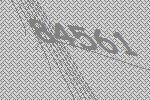
84561